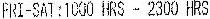
FRI-SAT : 1000 HRS - 2300 HRS